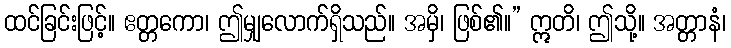
ထင်ခြင်းဖြင့်။ ဧတ္တကော၊ ဤမျှလောက်ရှိသည်။ အမှိ၊ ဖြစ်၏။” ဣတိ၊ ဤသို့။ အတ္တာနံ၊